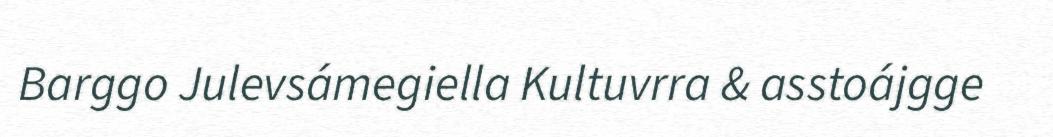
Barggo Julevsámegiella Kultuvrra & asstoájgge